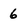
Character: 6